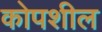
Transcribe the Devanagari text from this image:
कोपशील